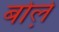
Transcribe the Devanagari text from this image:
बोले़